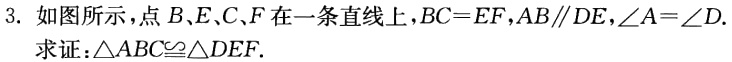
3. 如图所示，点\(B\)、\(E\)、\(C\)、\(F\)在一条直线上，\(BC = EF\)，\(AB\parallel DE\)，\(\angle A=\angle D\).
求证：\(\triangle ABC\cong\triangle DEF\).